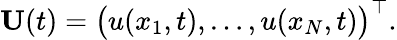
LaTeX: {\mathbf U}(t)=\big(u(x_{1},t),\dots,u(x_{N},t)\big)^{\top}.